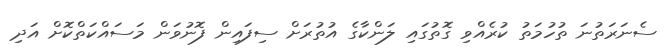
ސެނަރަތުނަ ތުހުމަތު ކުރެއްވި ގޮތުގައި ލަންކާގެ އުތުރަށް ސިފައިން ފޮނުވަން މަސައްކަތްކޮށް އަދި